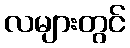
လများတွင်